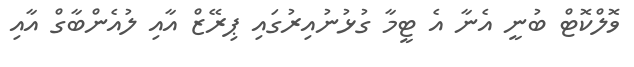
ވޮލްކޮޓް ބުނީ އެނާ އެ ޓީމާ ގުޅުނުއިރުގައި ޕިރޭޒް އާއި ލުއެންބާގް އާއި